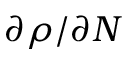
\partial \rho / \partial N